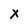
Character: X